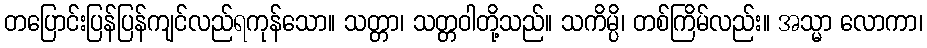
တပြောင်းပြန်ပြန်ကျင်လည်ရကုန်သော။ သတ္တာ၊ သတ္တဝါတို့သည်။ သကိမ္ပိ၊ တစ်ကြိမ်လည်း။ အသ္မာ လောကာ၊